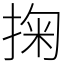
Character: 掬